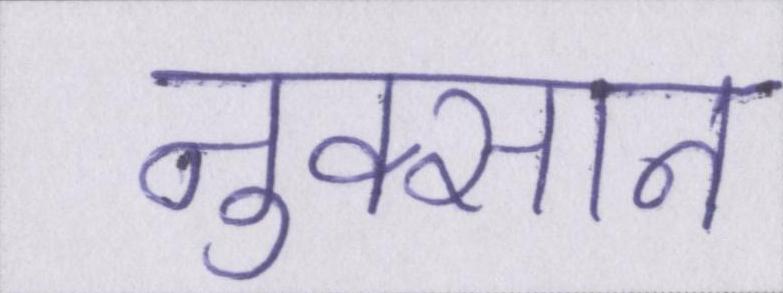
नुक्सान